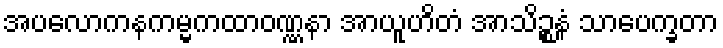
အပလောကနကမ္မကထာဝဏ္ဏနာ အာယူဟိတံ အာသိဉ္စနံ သာပေက္ခတာ